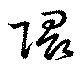
隈